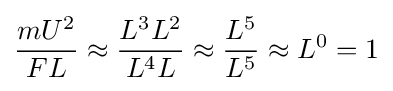
{\dfrac {mU^{2}}{FL}}\approx {\dfrac {L^{3}L^{2}}{L^{4}L}}\approx {\dfrac {L^{5}}{L^{5}}}\approx L^{0}=1